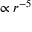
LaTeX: \propto r ^ { - 5 }